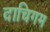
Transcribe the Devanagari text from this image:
दाचिगम